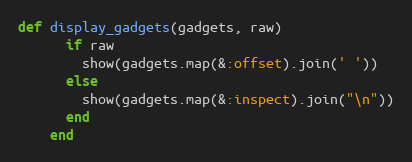
Language: Ruby
def display_gadgets(gadgets, raw)
      if raw
        show(gadgets.map(&:offset).join(' '))
      else
        show(gadgets.map(&:inspect).join("\n"))
      end
    end